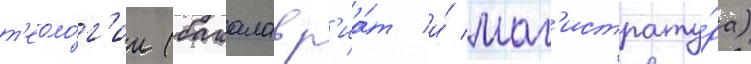
т'еоло́г'ии (бакалавр'иа́т и́ маг'истрату́ра)